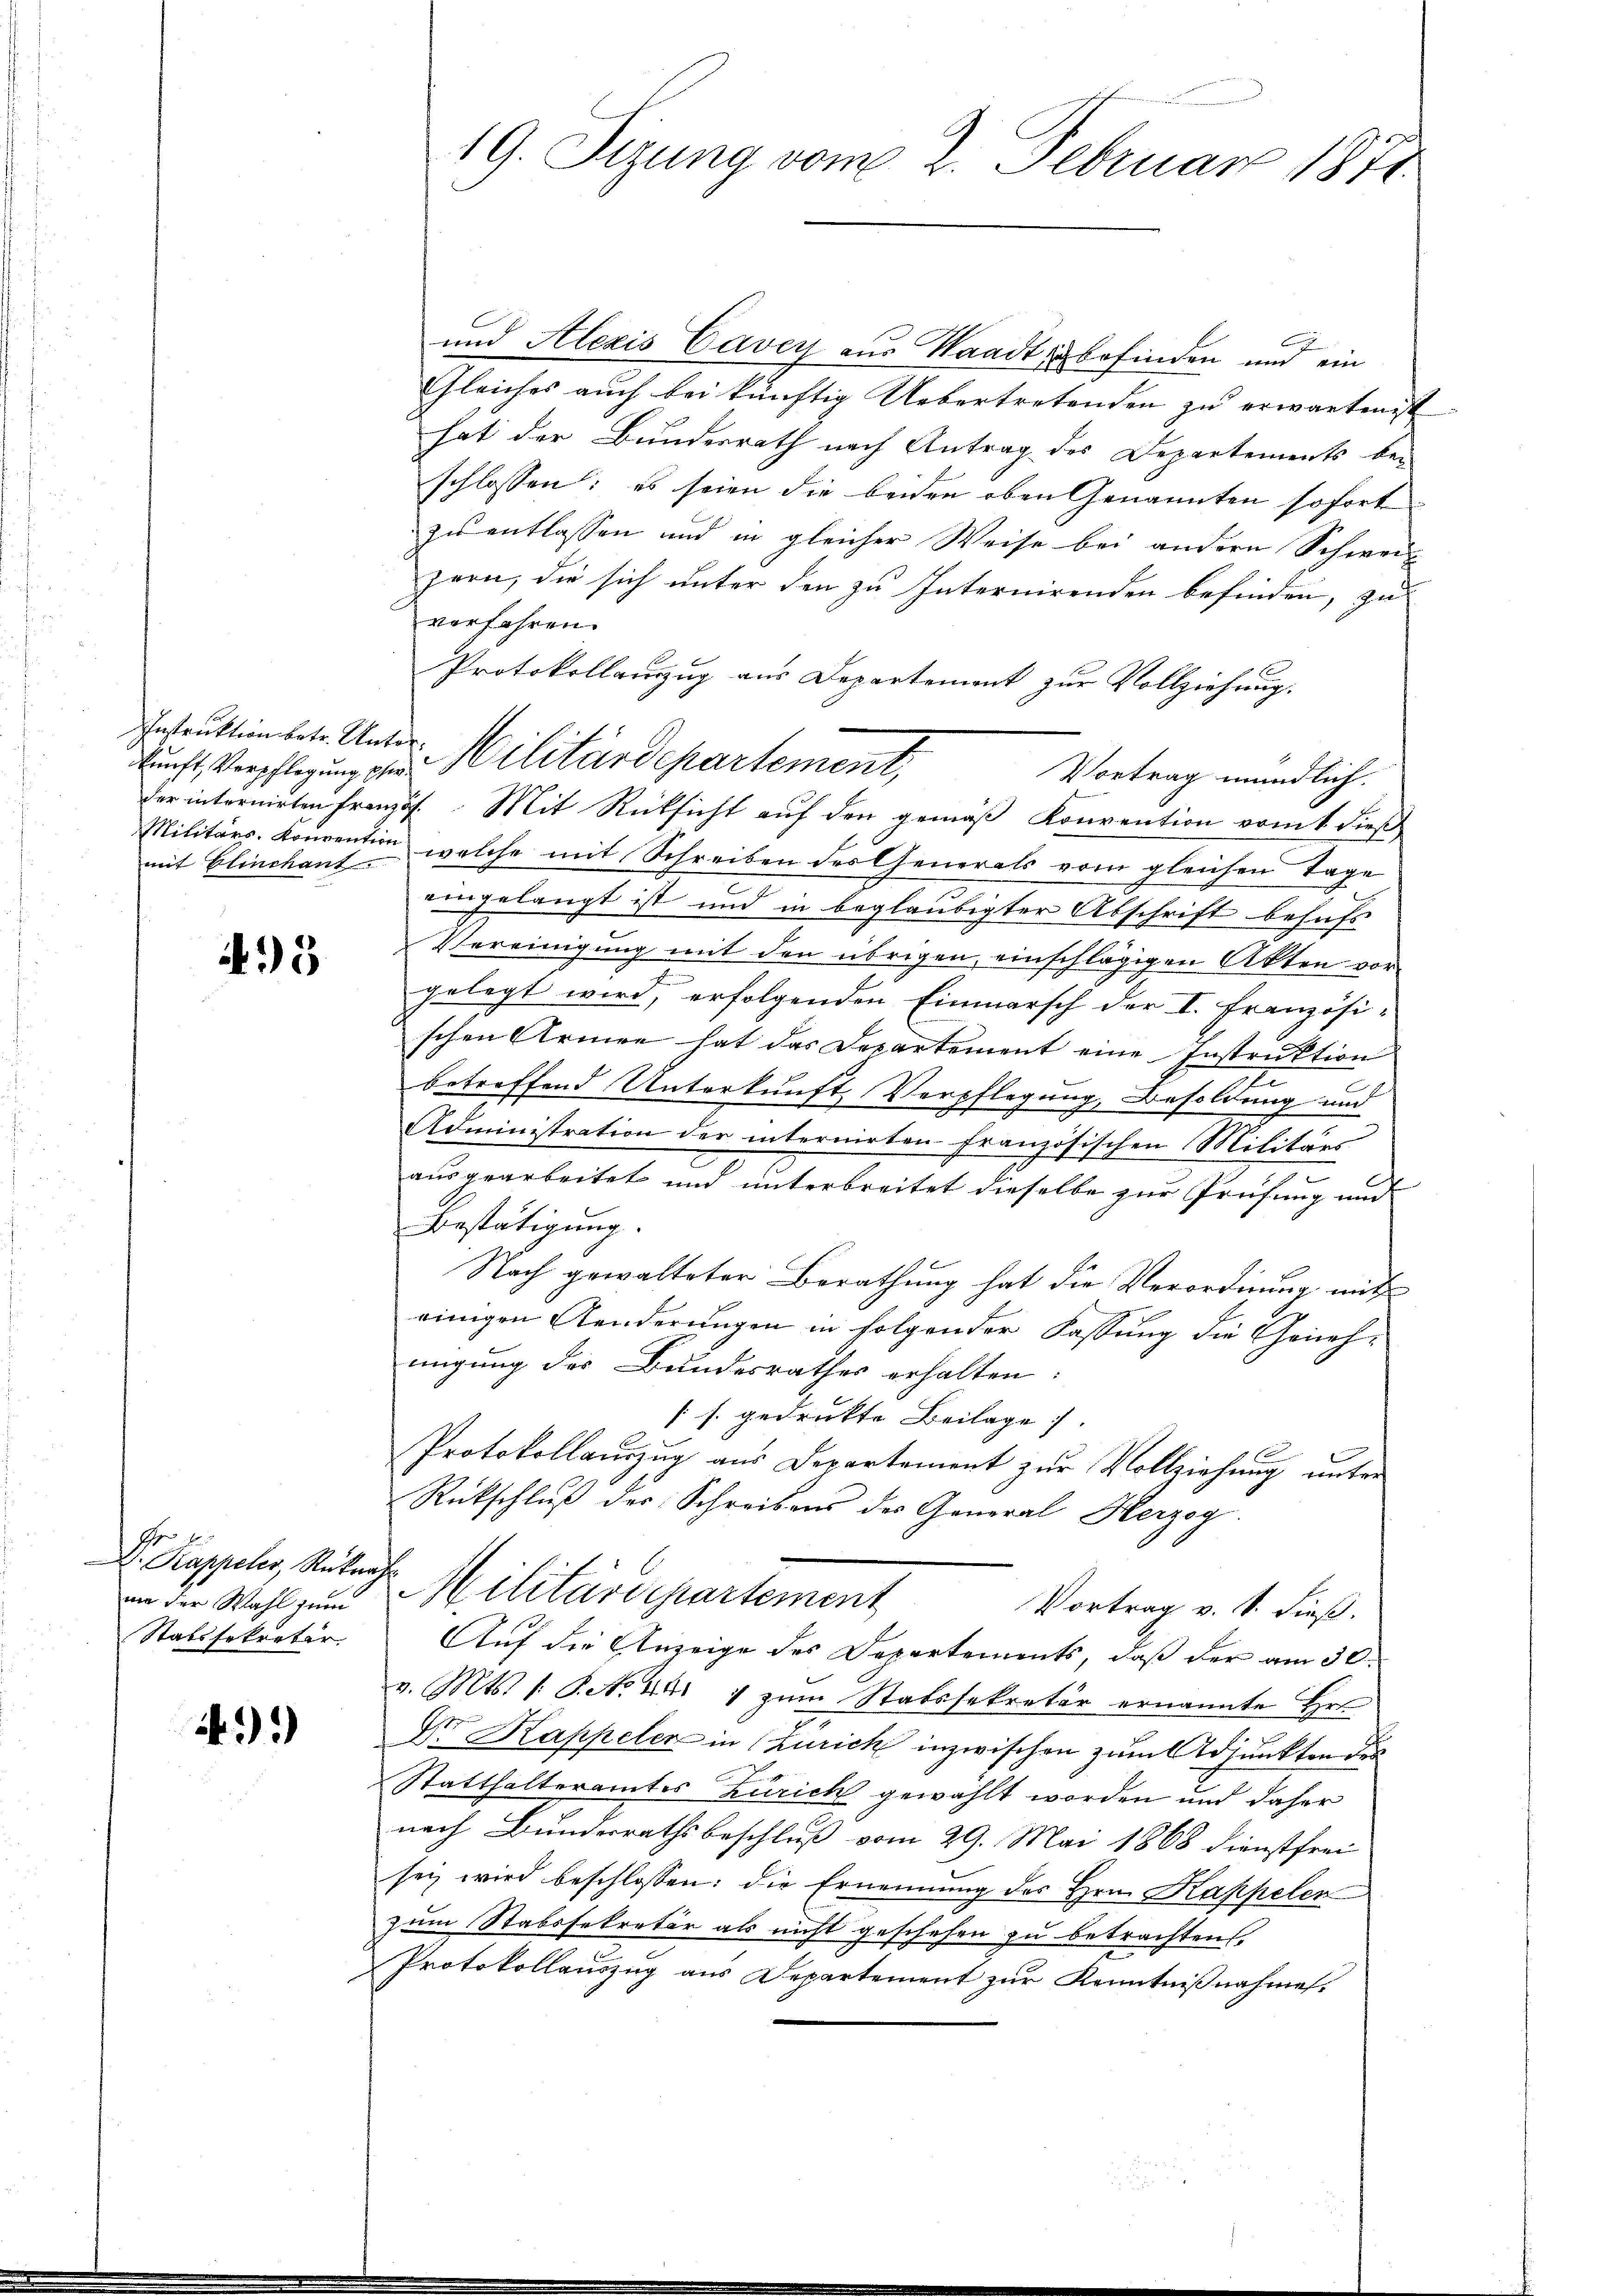
Instruktion betr. Untermit Elinchant.

495

Dr. Kappeler, Rukar
wie der Wahl zum
Statssekretär

43)

und Alezis Caven aus Waadt zu befinden und ein
Gleiches auch bei künftig Uebertretenden zu erwartendt
hat der Bundesrath nach Antrag des Departements be-
schlossen: es seien die beiden oben Genannten sofort
zu entlassen und in gleicher Weise bei andern Schwei
zern, die sich unter den zu Internirenden befinden, zu
verfahren.
Protokollanzug aus Departement zur Vollziehung.
Vortrag mündlich.
der internirten Französ. Mit Rücksicht auf den gemäß Konvention vom 1. dieß
Militärs-Konvention welche mit Schreiben der Generals vom gleichen Tage
eingelangt ist und in beglaubigter Abschrift behufs
Vereinigung mit den übrigen, einschlägigen Akten vor-
gelegt wird, erfolgenden Einmarsch der I. Französischen Armee hat das Departement eine Instruktion
betreffend Unterkunft, Verpflegung, Besoldung und
Administration der internirten Französischen Militärs
ausgearbeitet und unterbreitet dieselbe zur Prüfung und
Bestätigung.
Nach gewalteter Berathung hat die Verordnung mit
einigen Aenderungen in folgender Fassung die Genehmigung des Bundesrathes erhalten:
[s. gedrukte Beilage.
Protokollauszug aus Departement zur Vollziehung unter
Rückschluß der Schreibens des General Herzog
h
Militärdepartement
Vortrag v. S. dieß.
Auf die Anzeige des Departements, daß der am 30.
v. Mts. /: P. Nr. 441 1 zum Statssekretär ernannte Hrn.
Dr Kappeler in Zürich inzwischen zum Adjunkten des
Statthalteramtes Zürich gewählt worden und daher
nach Bundesrathsbeschluß vom 29. Mai 1868 dienstfrei
sey wird beschlossen: die Ernennung des Hrn. Kappelen
zum Stabssekretär als nicht geschehen zu betrachten.
e
Protokollauszug aus Departement zur Kenntnißnahme.

19. Sizung vom 2. Februar 1871

kunft, Verpflegung der Militärdepartement,